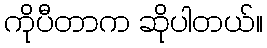
ကိုပီတာက ဆိုပါတယ်။